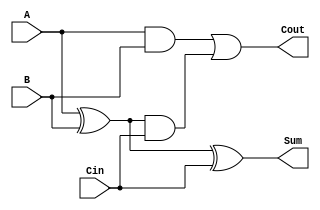
//-----------------------------------------------------------------------------
// UEFS TEC 499
// Lab 0, 2016.1
// Module: FA.v
// Desc: 1-bit Full Adder
//       You may only use structural verilog in this module.       
//-----------------------------------------------------------------------------
module FA(
    input A, B, Cin,
    output Sum, Cout
);
  // Structural verilog only!
   
/********YOUR CODE HERE********/
   
wire a_xor_b, a_and_b, axorb_and_Cin;
	xor (a_xor_b, A, B);
	xor (Sum, a_xor_b, Cin);
	and (a_and_b, A, B);
	and (axorb_and_Cin, a_xor_b, Cin);
	or (Cout, a_and_b, axorb_and_Cin);
/********END CODE********/

endmodule